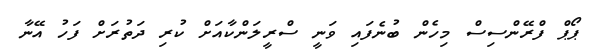
ޕޯޕް ފްރޭންސިސް މިހެން ބުނެފައި ވަނީ ސްރީލަންކާއަށް ކުރި ދަތުރަށް ފަހު އޭނާ